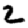
Digit: 2